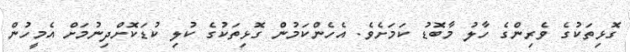
ގޮޅިތަކުގެ ވެރިންގެ ހާލު މާބޮޑު ކަމަށެވެ. އެހެންކަމުން ގޮޅިތަކުގެ ކުލި ކުޑަކޮށްދިނުމަށް އެމީހުން